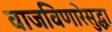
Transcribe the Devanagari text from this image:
वाजविणारेसुद्धा